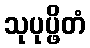
သုပုပ္ဖိတံ